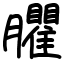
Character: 臞